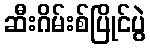
ဆီးဂိမ်းစ်ပြိုင်ပွဲ